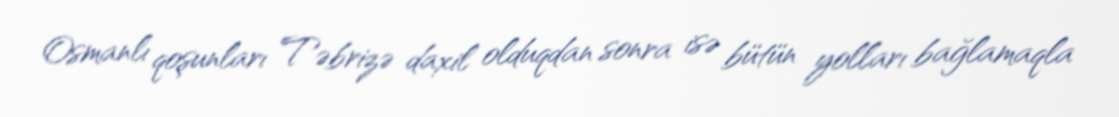
Osmanlı qoşunları Təbrizə daxil olduqdan sonra isə bütün yolları bağlamaqla